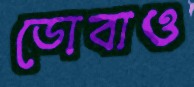
ডোবাও